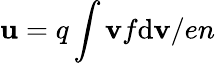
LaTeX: {\mathbf u}=q\int{\mathbf v}f\mathrm{d}{\mathbf v}/en